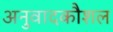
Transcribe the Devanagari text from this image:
अनुवादकौशल